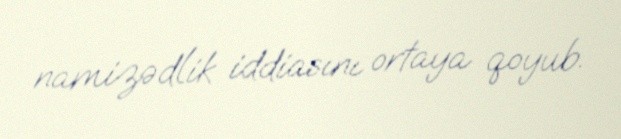
namizədlik iddiasını ortaya qoyub.